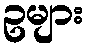
ဥများ